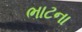
ભાટના